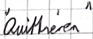
Text: "Quittieren"